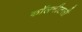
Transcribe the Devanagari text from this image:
कॉलनीतली